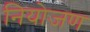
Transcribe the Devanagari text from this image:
नियोजण